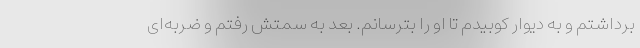
برداشتم و به دیوار کوبیدم تا او را بترسانم. بعد به سمتش رفتم و ضربه‌ای